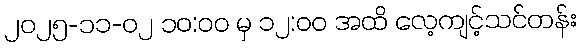
၂၀၂၅-၁၁-၀၂ ၁၀:၀၀ မှ ၁၂:၀၀ အထိ လေ့ကျင့်သင်တန်း